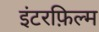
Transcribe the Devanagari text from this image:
इंटरफ़िल्म